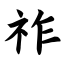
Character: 祚